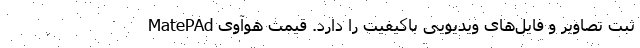
ثبت تصاویر و فایل‌های ویدیویی باکیفیت را دارد. قیمت هوآوی MatePAd